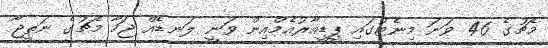
މެޗުގެ 46 ވަނަ މިނެޓުގައި ޕީޑީއާރުއެމްއިން ވަނީ ލަނޑެއް ޖަހާ މެޗުގެ ނަތީޖާ